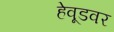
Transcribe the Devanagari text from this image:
हेवूडवर